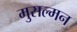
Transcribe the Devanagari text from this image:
मुसल्मन